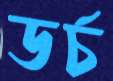
ডর্চ